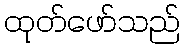
ထုတ်ဖော်သည်